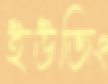
ইউজিং